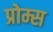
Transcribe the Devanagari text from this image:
प्रोम्स